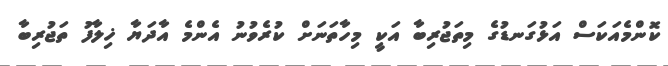
ކޮންމެއަކަސް އަޅުގަނޑުގެ މިތަޖުރިބާ އަކީ މިހާތަނަށް ކުރެވުނު އެންމެ އާދަޔާ ޚިލާފު ތަޖުރިބާ